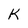
Character: K